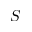
S